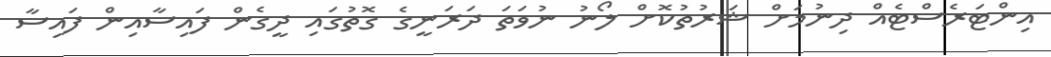
އިންޓަރެސްޓެއް ދިނުމަށް ޝަރުތުކޮށް ލޯނު ނުވަތަ ދަރަނީގެ ގޮތުގައި ދީގެން ފައިސާއިން ފައިސާ